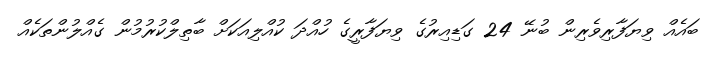
ބައެއް ވިޔަފާރިވެރިން ބުނޭ 24 ގަޑިއިރުގެ ވިޔަފާރީގެ ހުއްދަ ކުއްލިއަކަށް ބާތިލްކުރުމުން ގެއްލުންތަކެއް